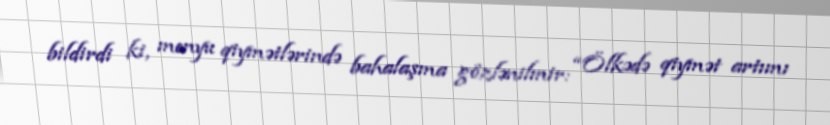
bildirdi ki, menyu qiymətlərində bahalaşma gözlənilmir: “Ölkədə qiymət artımı